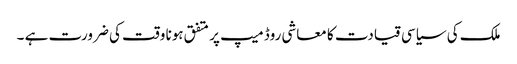
ملک کی سیاسی قیادت کا معاشی روڈ میپ پر متفق ہونا وقت کی ضرورت ہے ۔